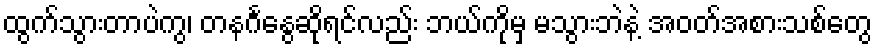
ထွက်သွားတာပဲကွ၊ တနင်္ဂနွေဆိုရင်လည်း ဘယ်ကိုမှ မသွားဘဲနဲ့ အဝတ်အစားသစ်တွေ